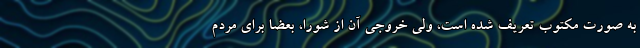
به صورت مکتوب تعریف شده است، ولی خروجی آن از شورا، بعضاً برای مردم